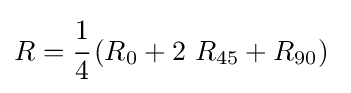
R={\cfrac {1}{4}}\left(R_{0}+2~R_{45}+R_{90}\right)~